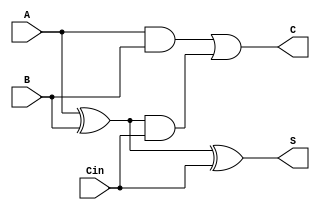
module carry_save_adder (
    input  [3:0] A,       // First operand
    input  [3:0] B,       // Second operand
    input  [3:0] Cin,     // Carry input
    output [3:0] S,       // Partial sum output
    output [3:0] C        // Carry output
);

    // Intermediate signals for sum and carry
    wire [3:0] sum;
    wire [3:0] carry;

    // Generate partial sum and carry for each bit
    assign sum  = A ^ B;        // Partial sum: S = A XOR B
    assign carry = A & B;       // Carry: C = A AND B

    // Combine carry with carry input and calculate final sum and carry
    wire [3:0] final_sum;
    wire [3:0] final_carry;

    assign final_sum  = sum ^ Cin;              // Final sum: S_final = S XOR Cin
    assign final_carry = carry | (sum & Cin);   // Final carry: C_final = C + (S AND Cin)

    // Output the results
    assign S = final_sum;        // Output the sum
    assign C = final_carry;      // Output the final carry

endmodule